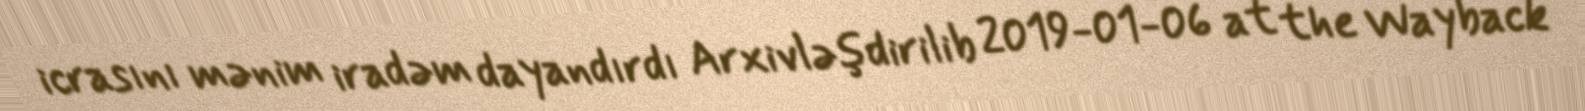
icrasını mənim iradəm dayandırdı Arxivləşdirilib 2019-01-06 at the Wayback